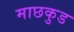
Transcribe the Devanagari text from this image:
माछकुड